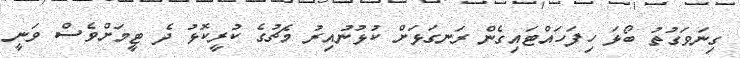
ގިނަވަގުތު ބޯޅަ ހިފަހައްޓައިގެން ރަނގަޅަށް ކުޅުނުއިރު މެޗުގެ ކުރީކޮޅު ދެ ޓީމަށްވެސް ވަނީ